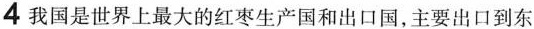
4我国是世界上最大的红枣生产国和出口国，主要出口到东